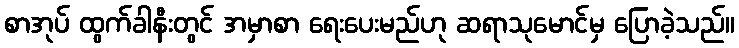
စာအုပ် ထွက်ခါနီးတွင် အမှာစာ ရေးပေးမည်ဟု ဆရာသုမောင်မှ ပြောခဲ့သည်။